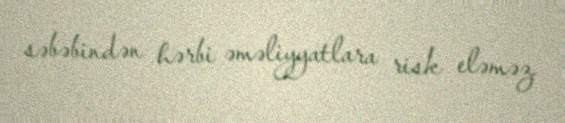
səbəbindən hərbi əməliyyatlara risk eləməz.